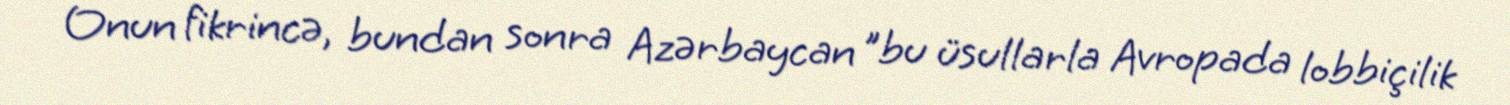
Onun fikrincə, bundan sonra Azərbaycan "bu üsullarla Avropada lobbiçilik